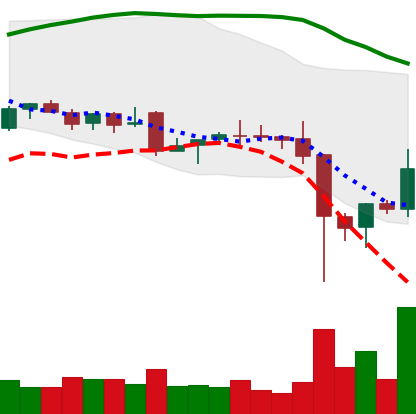
Ticker: EOS-USD
Chart end date: 2021-12-08
Forward return: -15.368%
Label: down_7plus